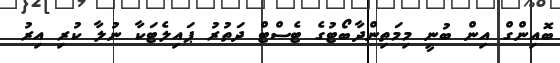
ބޮއިންގް އިން ބުނީ މިމަތިންދާބޯޓުގެ ޓެސްޓް ދަތުރު ޕައިލެޓަކާ ނުލާ ކުރި އިރު